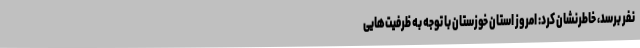
نفر برسد، خاطرنشان کرد: امروز استان خوزستان با توجه به ظرفیت‌هایی